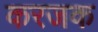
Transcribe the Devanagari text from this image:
करजक